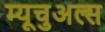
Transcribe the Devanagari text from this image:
म्यूचुअल्स